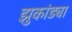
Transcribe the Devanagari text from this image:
झुकांड्या